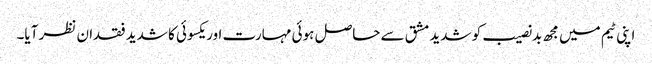
اپنی ٹیم میں مجھ بدنصیب کو شدید مشق سے حاصل ہوئی مہارت اور یکسوئی کا شدید فقدان نظر آیا۔